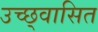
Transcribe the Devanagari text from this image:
उच्छ्वासित